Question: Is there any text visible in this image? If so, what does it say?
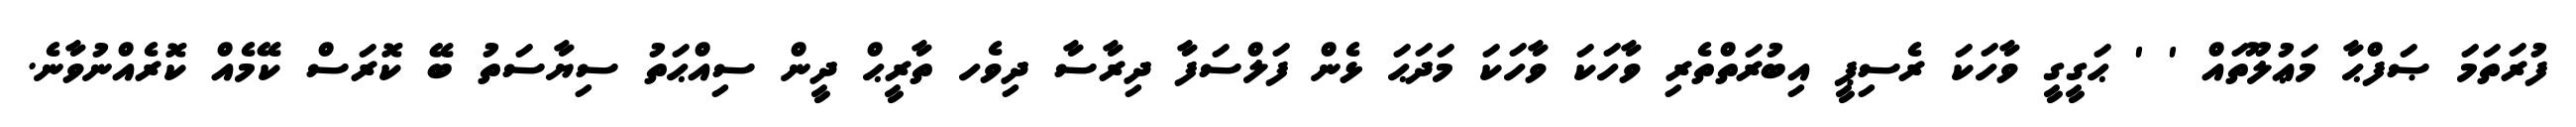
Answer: ފުރަތަމަ ޞަފްޙާ މަޢުލޫތައް ' ' ޙަގީގީ ވާހަކަ ރެސިޕީ އިބުރަތްތެރި ވާހަކަ ވާހަކަ މަދަޙަ ޅެން ފަލްސަފާ ދިރާސާ ދިވެހ ތާރީޙް ދީން ސިއްޙަތު ސިޔާސަތު ބޭ ކޮރަސް ކޭމެއް ކޮރެއްނުވާނެ.